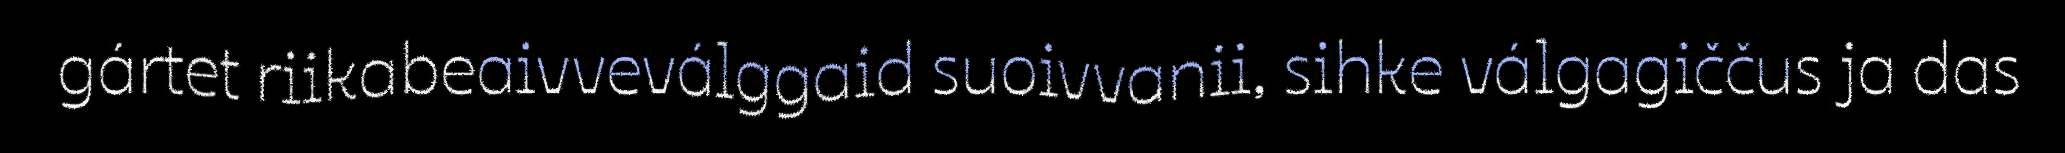
gártet riikabeaivveválggaid suoivvanii, sihke válgagiččus ja das